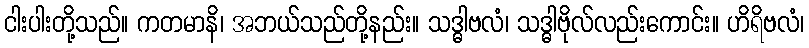
ငါးပါးတို့သည်။ ကတမာနိ၊ အဘယ်သည်တို့နည်း။ သဒ္ဓါဗလံ၊ သဒ္ဓါဗိုလ်လည်းကောင်း။ ဟိရိဗလံ၊